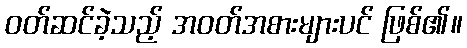
ဝတ်ဆင်ခဲ့သည့် အဝတ်အစားများပင် ဖြစ်၏။